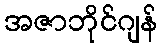
အဇာဘိုင်ဂျန်